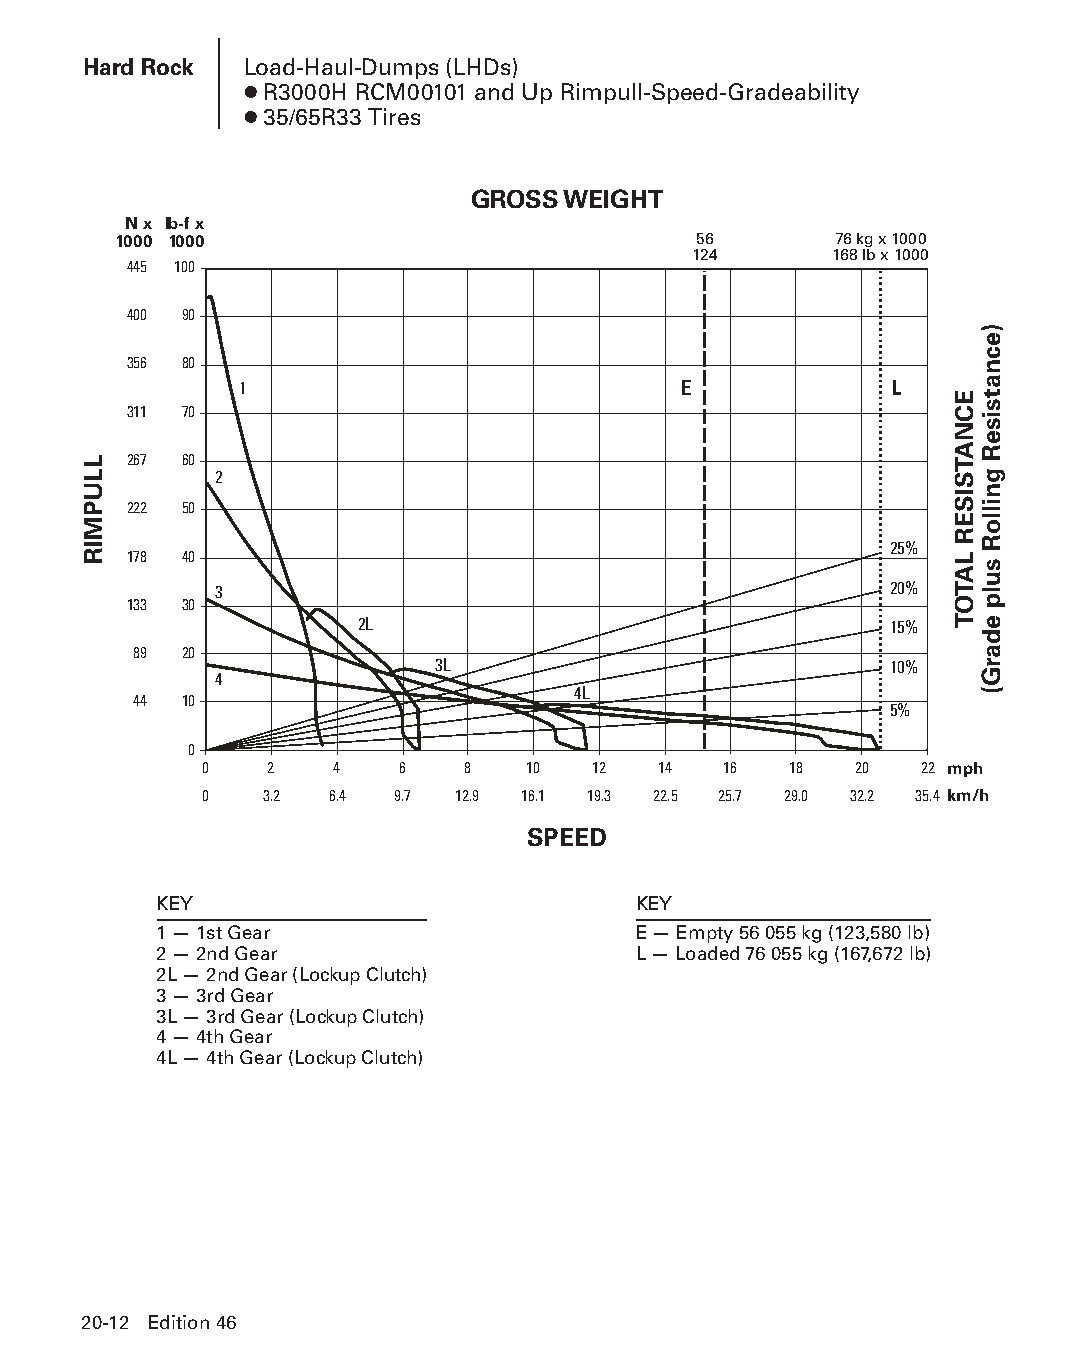
Hard Rock  Load-Haul-Dumps (LHDs)
 ● R3000H RCM00101 and Up Rimpull-Speed-Gradeability
 ● 35/65R33 Tires
 GROSS WEIGHT
 N x lb-f x
 1000 1000                             56        76 kg x 1000
 124      168 lb x 1000
 445 100
 400 90
 356 80
 1                            E             L
 311 70
 267 60
 2
 222 50
 25%
 178 40
 3                                           20%
 133 30
 2L                                 15%
 89 20
 3L                            10%
 4
 4L
 44 10
 5%
 0
 0   2   4    6   8   10   12  14  16   18  20  22 mph
 0   3.2 6.4 9.7  12.9 16.1 19.3 22.5 25.7 29.0 32.2 35.4 km/h
 SPEED
 KEY                            KEY
 1 — 1st Gear                   E — Empty 56 055 kg (123,580 lb)
 2 — 2nd Gear                   L — Loaded 76 055 kg (167,672 lb)
 2L — 2nd Gear (Lockup Clutch)
 3 — 3rd Gear
 3L — 3rd Gear (Lockup Clutch)
 4 — 4th Gear
 4L — 4th Gear (Lockup Clutch)
 20-12 Edition 46
 PPHHBB--SSeecc2200--HHaarrddRRoocckk((ppgg000011--002244))..iinndddd 1122 1122//44//1155 1111::0022 AAMM
 LLUPMIR
 ECNATSISER
 LATOT
 )ecnatsiseR
 gnilloR
 sulp
 edarG(